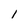
Character: 1